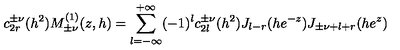
c _ { 2 r } ^ { \pm \nu } ( h ^ { 2 } ) M _ { \pm \nu } ^ { ( 1 ) } ( z , h ) = \sum _ { l = - \infty } ^ { + \infty } ( - 1 ) ^ { l } c _ { 2 l } ^ { \pm \nu } ( h ^ { 2 } ) J _ { l - r } ( h e ^ { - z } ) J _ { \pm \nu + l + r } ( h e ^ { z } )